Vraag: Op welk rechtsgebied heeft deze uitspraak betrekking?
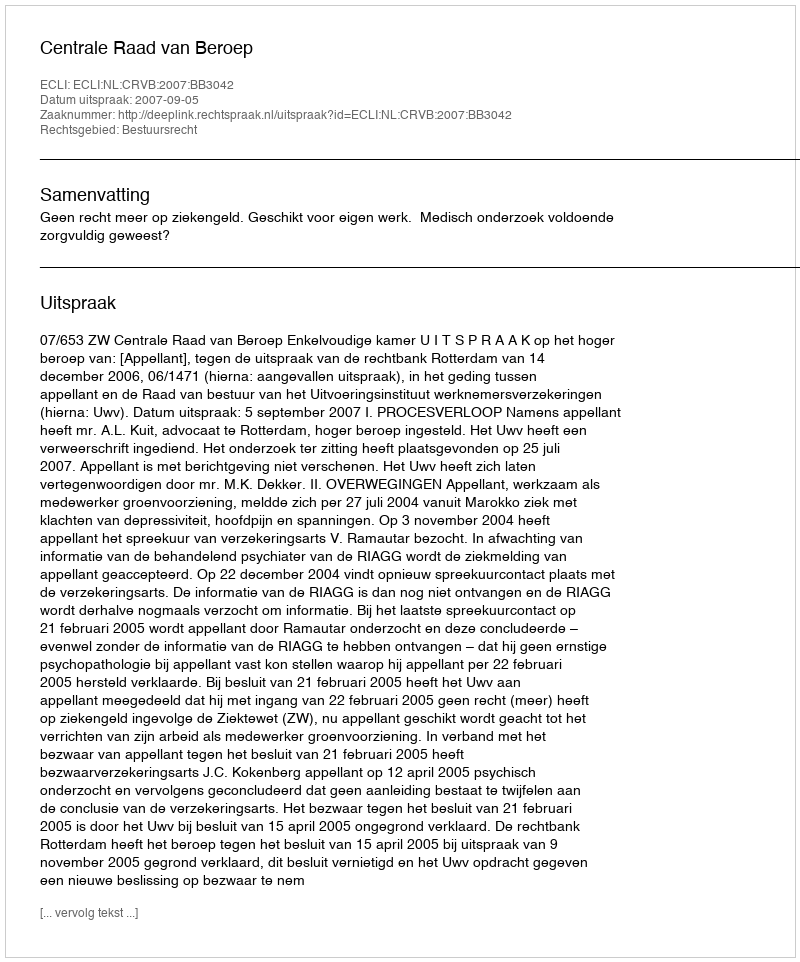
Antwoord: Bestuursrecht